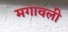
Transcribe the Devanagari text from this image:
मगावली